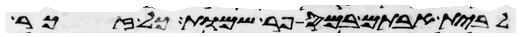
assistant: לבית אבותם במספר שמות כל זכר